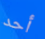
أحد